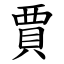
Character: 賈